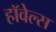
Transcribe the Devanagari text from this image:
हॉवेल्स